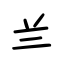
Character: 兰